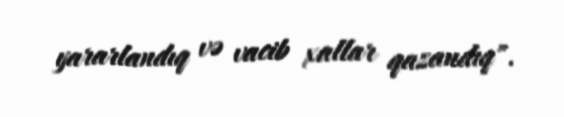
yararlandıq və vacib xallar qazandıq".